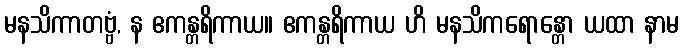
မနသိကာတဗ္ဗံ, န ဧကန္တရိကာယ။ ဧကန္တရိကာယ ဟိ မနသိကရောန္တော ယထာ နာမ